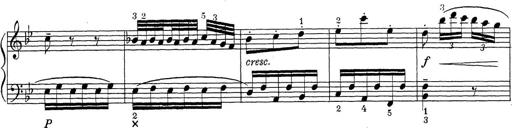
Title: ÄŒeskÃ© Sonatiny
Composer: Various